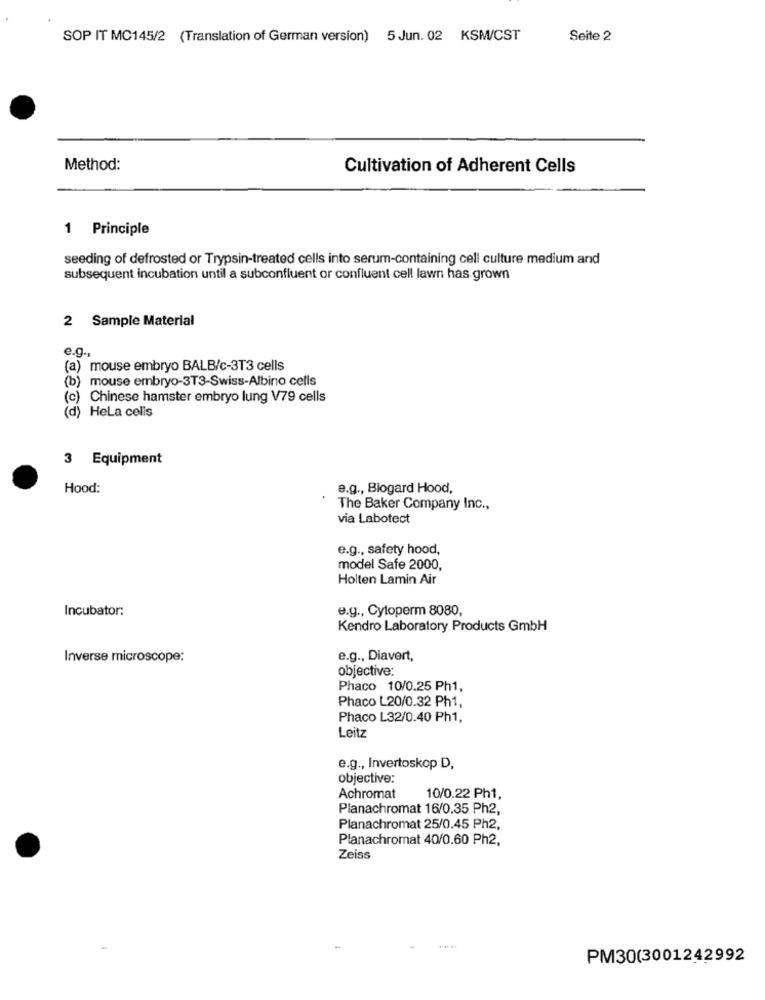
SOP IT MC145/2 (Translation of German version) 5 Jun. 02 KSM/CST
Seite 2
Method:
Cultivation of Adherent Cells
1 Principle
seeding of defrosted or Trypsin-treated cells into serum-containing cell culture medium and
subsequent incubation until a subconfluent or confluent cell lawn has grown
2 Sample Material
e.g .,
(a) mouse embryo BALB/c-3T3 cells
(b) mouse embryo-3T3-Swiss-Albino cells
(c) Chinese hamster embryo lung V79 cells
(d) Hela cells
3 Equipment
Hood:
e.g ., Biogard Hood,
The Baker Company Inc .,
via Labotect
e.g ., safety hood,
model Safe 2000,
Holten Lamin Air
Incubator:
e.g ., Cytoperm 8080,
Kendro Laboratory Products GmbH
Inverse microscope:
e.g ., Diavert,
objective:
Phaco 10/0.25 Ph1,
Phaco L20/0.32 Ph1,
Phaco L32/0.40 Ph1,
Leitz
e.g ., Invertoskop D,
objective:
Achromat
10/0.22 Ph1,
Planachromat 16/0.35 Ph2,
Planachromat 25/0.45 Ph2,
Planachromat 40/0.60 Ph2,
Zeiss
PM30(3001242992